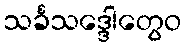
သင်္ခသဒ္ဒေါတွေဝ